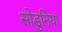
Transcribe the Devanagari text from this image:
सोडुनियां